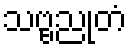
သဗ္ဗညုတံ